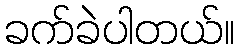
ခက်ခဲပါတယ်။